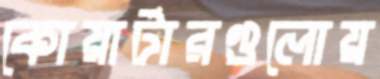
কোয়ার্টারগুলোয়